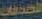
الصدقات